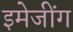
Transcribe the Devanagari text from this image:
इमेजींग